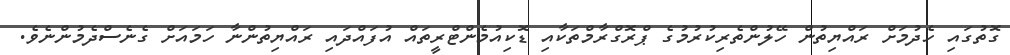
ގޮތުގައި ހެދުމަށް ރައްޔިތުން ހޭލުންތެރިކުރުމުގެ ޕްރޮގްރާމްތަކާއި ޑޮކިއުމެންޓްރީތައް އުފައްދައި ރައްޔިތުންނާ ހަމައަށް ގެނެސްދެމުންނެވެ.